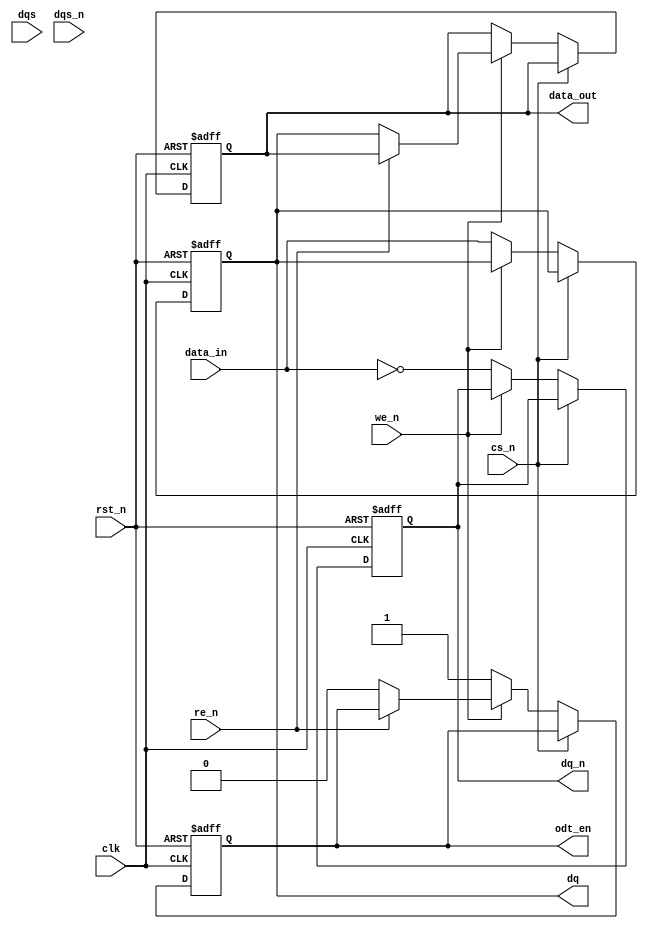
module ddr3_io_block (
    input wire clk,              // System clock
    input wire rst_n,            // Active low reset
    input wire [7:0] data_in,    // Data input (8 bits)
    output reg [7:0] data_out,    // Data output (8 bits)
    input wire dqs,              // Data Strobe signal
    input wire dqs_n,            // Inverted Data Strobe signal
    input wire we_n,             // Write Enable (active low)
    input wire re_n,             // Read Enable (active low)
    input wire cs_n,             // Chip Select (active low)
    output reg odt_en,           // On-Die Termination Enable
    output reg [7:0] dq,         // Data I/O lines
    output reg [7:0] dq_n         // Inverted Data I/O lines
);

// Internal signals
reg [7:0] data_buffer;         // Buffer for data
reg dqs_delay;                 // DQS delay line
reg dqs_n_delay;               // DQS inverted delay line

// Timing adjustments (simplified)
always @(posedge clk or negedge rst_n) begin
    if (!rst_n) begin
        dqs_delay <= 1'b0;
        dqs_n_delay <= 1'b0;
    end else begin
        // Simple delay logic for DQS (this would be more complex in real implementation)
        dqs_delay <= dqs;
        dqs_n_delay <= dqs_n;
    end
end

// Data transfer logic
always @(posedge clk or negedge rst_n) begin
    if (!rst_n) begin
        data_out <= 8'b0;
        dq <= 8'b0;
        dq_n <= 8'b0;
        odt_en <= 1'b0;
    end else begin
        if (!cs_n) begin  // Chip Select is active
            if (!we_n) begin  // Write operation
                dq <= data_in;  // Drive data onto DQ lines
                dq_n <= ~data_in; // Inverted data
                odt_en <= 1'b1;   // Enable ODT
            end else if (!re_n) begin  // Read operation
                data_out <= dq;  // Capture data from DQ lines
                odt_en <= 1'b0;   // Disable ODT
            end
        end
    end
end

endmodule